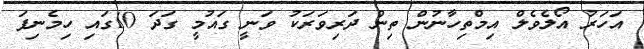
އަހަރު އޯލެވެލް އިމްތިހާނުން ތިން ދަރިވަރަކު ވަނީ ގައުމީ ގަދަ 10ގައި ހިމެނިފަ